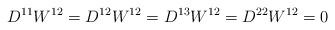
LaTeX: \begin{align*} D^{11}W^{12} = D^{12}W^{12} = D^{13}W^{12} = D^{22}W^{12} =0\end{align*}